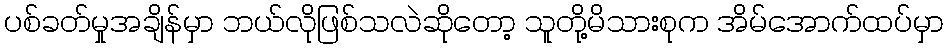
ပစ်ခတ်မှုအချိန်မှာ ဘယ်လိုဖြစ်သလဲဆိုတော့ သူတို့မိသားစုက အိမ်အောက်ထပ်မှာ